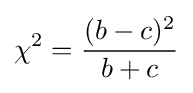
\chi ^{2}={(b-c)^{2} \over b+c}